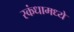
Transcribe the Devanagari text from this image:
स्कंधामध्ये